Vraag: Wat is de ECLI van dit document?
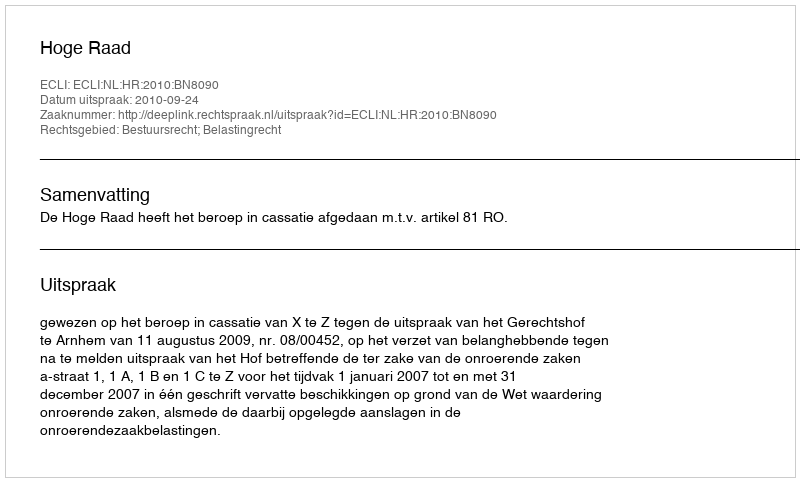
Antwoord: ECLI:NL:HR:2010:BN8090